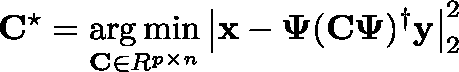
\mathbf { C } ^ { \star } = \underset { \mathbf { C } \in \mathbb { R } ^ { p \times n } } { \arg \operatorname* { m i n } } \left| \mathbf { x } - \mathbf { \Psi } ( \mathbf { C \Psi } ) ^ { \dagger } \mathbf { y } \right| _ { 2 } ^ { 2 }